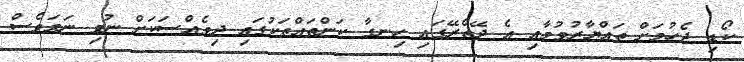
ކޯޑި ޖެހުމަށް ތައްޔާރުވުމާއި އެ ދޭތެރޭގައި ހިނގާ ކަންތައްތަކުގައި ދިވެއްސަކަށް ނުވި ނަމަވެސް